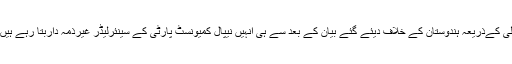
لی کےذریعہ ہندوستان کے خلاف دیئے گئے بیان کے بعد سے ہی انہیں نیپال کمیونسٹ پارٹی کے سینئرلیڈر غیرذمہ داربتا رہے ہیں۔